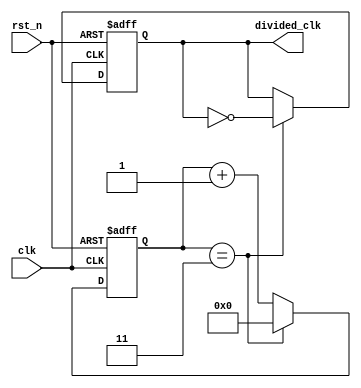
module frequency_divider_counter #(
    parameter DIV_FACTOR = 4  // Default division factor
)(
    input wire clk,            // Input clock signal
    input wire rst_n,         // Asynchronous active-low reset signal
    output reg divided_clk     // Output divided clock signal
);

    reg [31:0] counter;        // Counter to keep track of clock cycles

    // Asynchronous reset and counter logic
    always @(posedge clk or negedge rst_n) begin
        if (!rst_n) begin
            counter <= 0;       // Reset counter to 0
            divided_clk <= 0;   // Initialize output clock to 0
        end else begin
            if (counter == (DIV_FACTOR - 1)) begin
                counter <= 0;   // Reset counter
                divided_clk <= ~divided_clk; // Toggle output clock
            end else begin
                counter <= counter + 1; // Increment counter
            end
        end
    end

endmodule